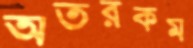
অতরকম